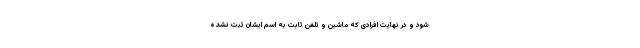
شود و در نهایت افرادی که ماشین و تلفن ثابت به اسم ایشان ثبت نشده